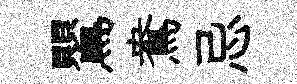
鸎鴦忌